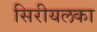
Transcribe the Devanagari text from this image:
सिरीयलका